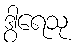
ဒွါရေသု